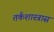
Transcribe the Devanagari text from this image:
तर्कशास्त्रास